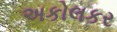
અકોલકર